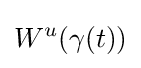
W^{u}(\gamma (t))